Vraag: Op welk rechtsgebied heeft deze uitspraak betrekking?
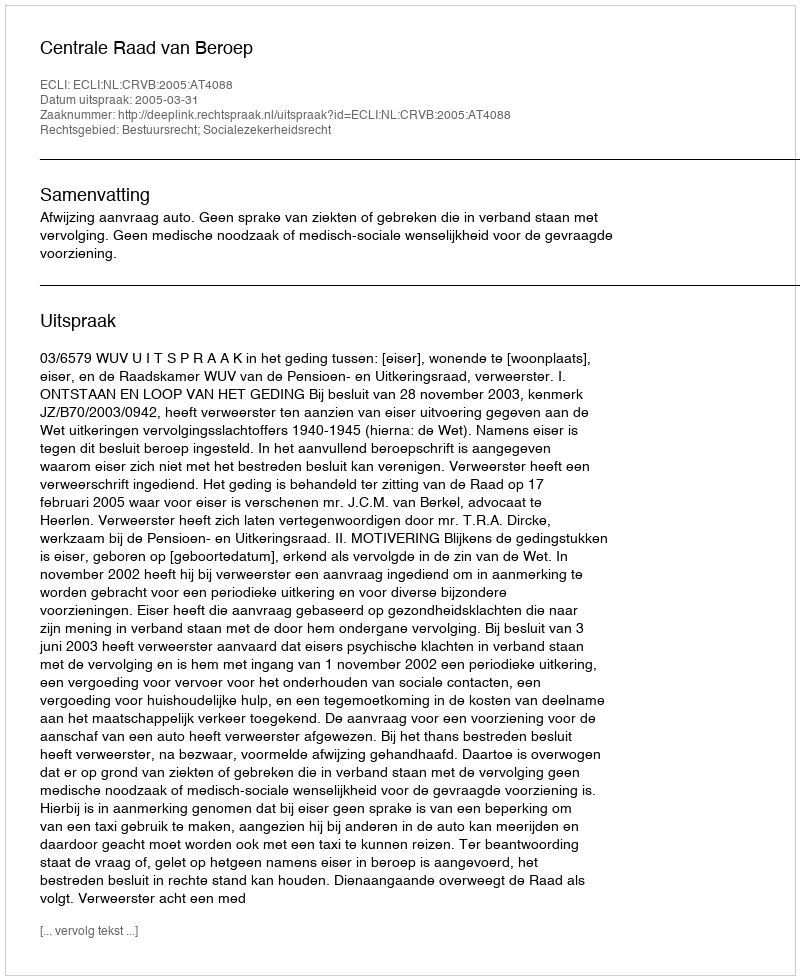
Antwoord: Bestuursrecht; Socialezekerheidsrecht